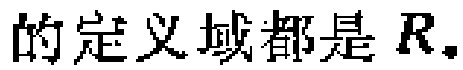
的定义域都是\(R\)。